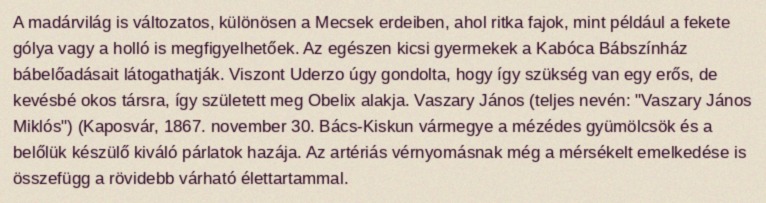
A madárvilág is változatos, különösen a Mecsek erdeiben, ahol ritka fajok, mint például a fekete gólya vagy a holló is megfigyelhetőek. Az egészen kicsi gyermekek a Kabóca Bábszínház bábelőadásait látogathatják. Viszont Uderzo úgy gondolta, hogy így szükség van egy erős, de kevésbé okos társra, így született meg Obelix alakja. Vaszary János (teljes nevén: "Vaszary János Miklós") (Kaposvár, 1867. november 30. Bács-Kiskun vármegye a mézédes gyümölcsök és a belőlük készülő kiváló párlatok hazája. Az artériás vérnyomásnak még a mérsékelt emelkedése is összefügg a rövidebb várható élettartammal.